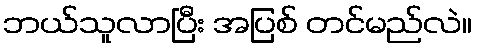
ဘယ်သူလာပြီး အပြစ် တင်မည်လဲ။